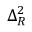
\Delta _ { R } ^ { 2 }